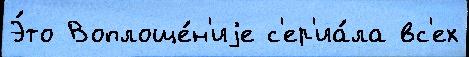
Э́то Воплоще́н'иjе с'ер'иа́ла вс'ех